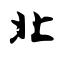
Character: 北